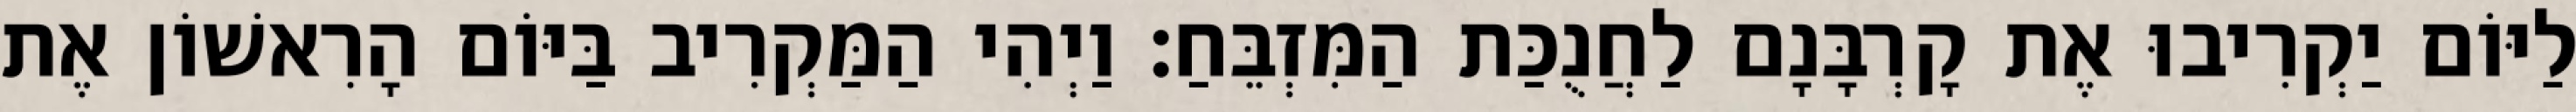
לַיּוֹם יַקְרִיבוּ אֶת קָרְבָּנָם לַחֲנֻכַּת הַמִּזְבֵּחַ׃ וַיְהִי הַמַּקְרִיב בַּיּוֹם הָרִאשׁוֹן אֶת